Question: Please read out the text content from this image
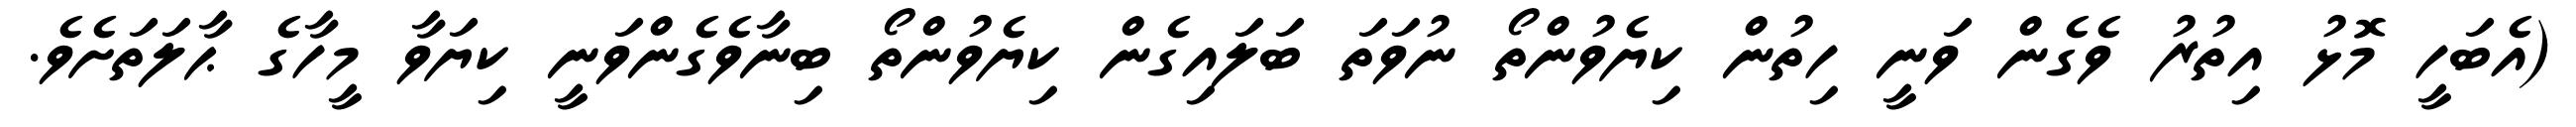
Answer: (އެބަހީ މޮޅު އިތުރު ވެގެން ވަނީ ހިތުން ކިޔެވުންތޯ ނުވަތަ ބަލައިގެން ކިޔެވުންތޯ ބިނާވެގެންވަނީ ކިޔަވާ މީހާގެ ޙާލަތަށެވެ.